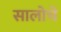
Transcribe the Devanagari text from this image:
सालोचे